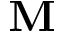
\mathbf { M }